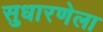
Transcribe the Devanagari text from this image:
सुधारणेला